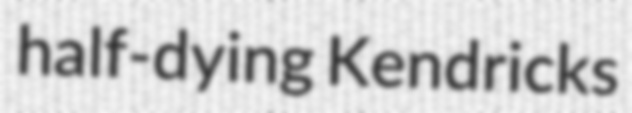
half-dying Kendricks